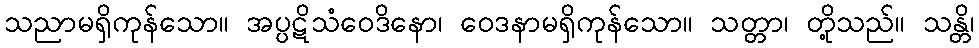
သညာမရှိကုန်သော။ အပ္ပဋိသံဝေဒိနော၊ ဝေဒနာမရှိကုန်သော။ သတ္တာ၊ တို့သည်။ သန္တိ၊